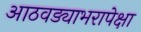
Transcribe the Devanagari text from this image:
आठवड्याभरापेक्षा